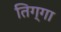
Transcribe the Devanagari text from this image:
तिग्गा